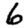
Digit: 6